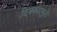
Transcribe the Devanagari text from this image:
टिक्क्यामुळे